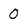
Character: 0